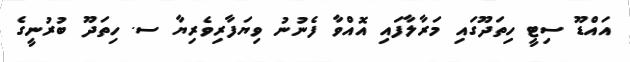
އައްޑޫ ސިޓީ ހިތަދޫގައި މަރާލާފައި އޮއްވާ ފެނުނު ވިޔަފާރިވެރިޔާ ސ. ހިތަދޫ ބުރުނީގެ